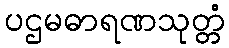
ပဌမဓာရဏသုတ္တံ